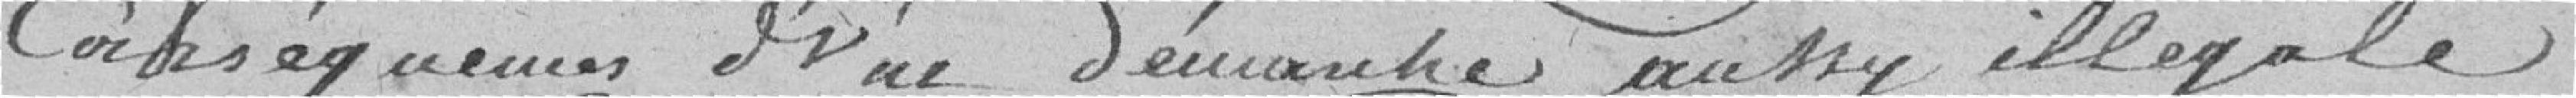
conséquences d'une démarche aussi illégale,